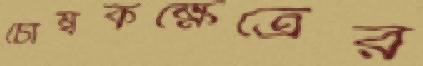
চৌম্বকক্ষেত্রের